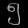
Digit: ၅